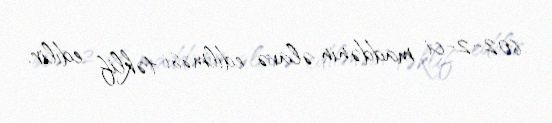
602-2-ci maddənin əlavə edilməsi təklif edilir.